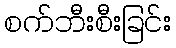
စက်ဘီးစီးခြင်း